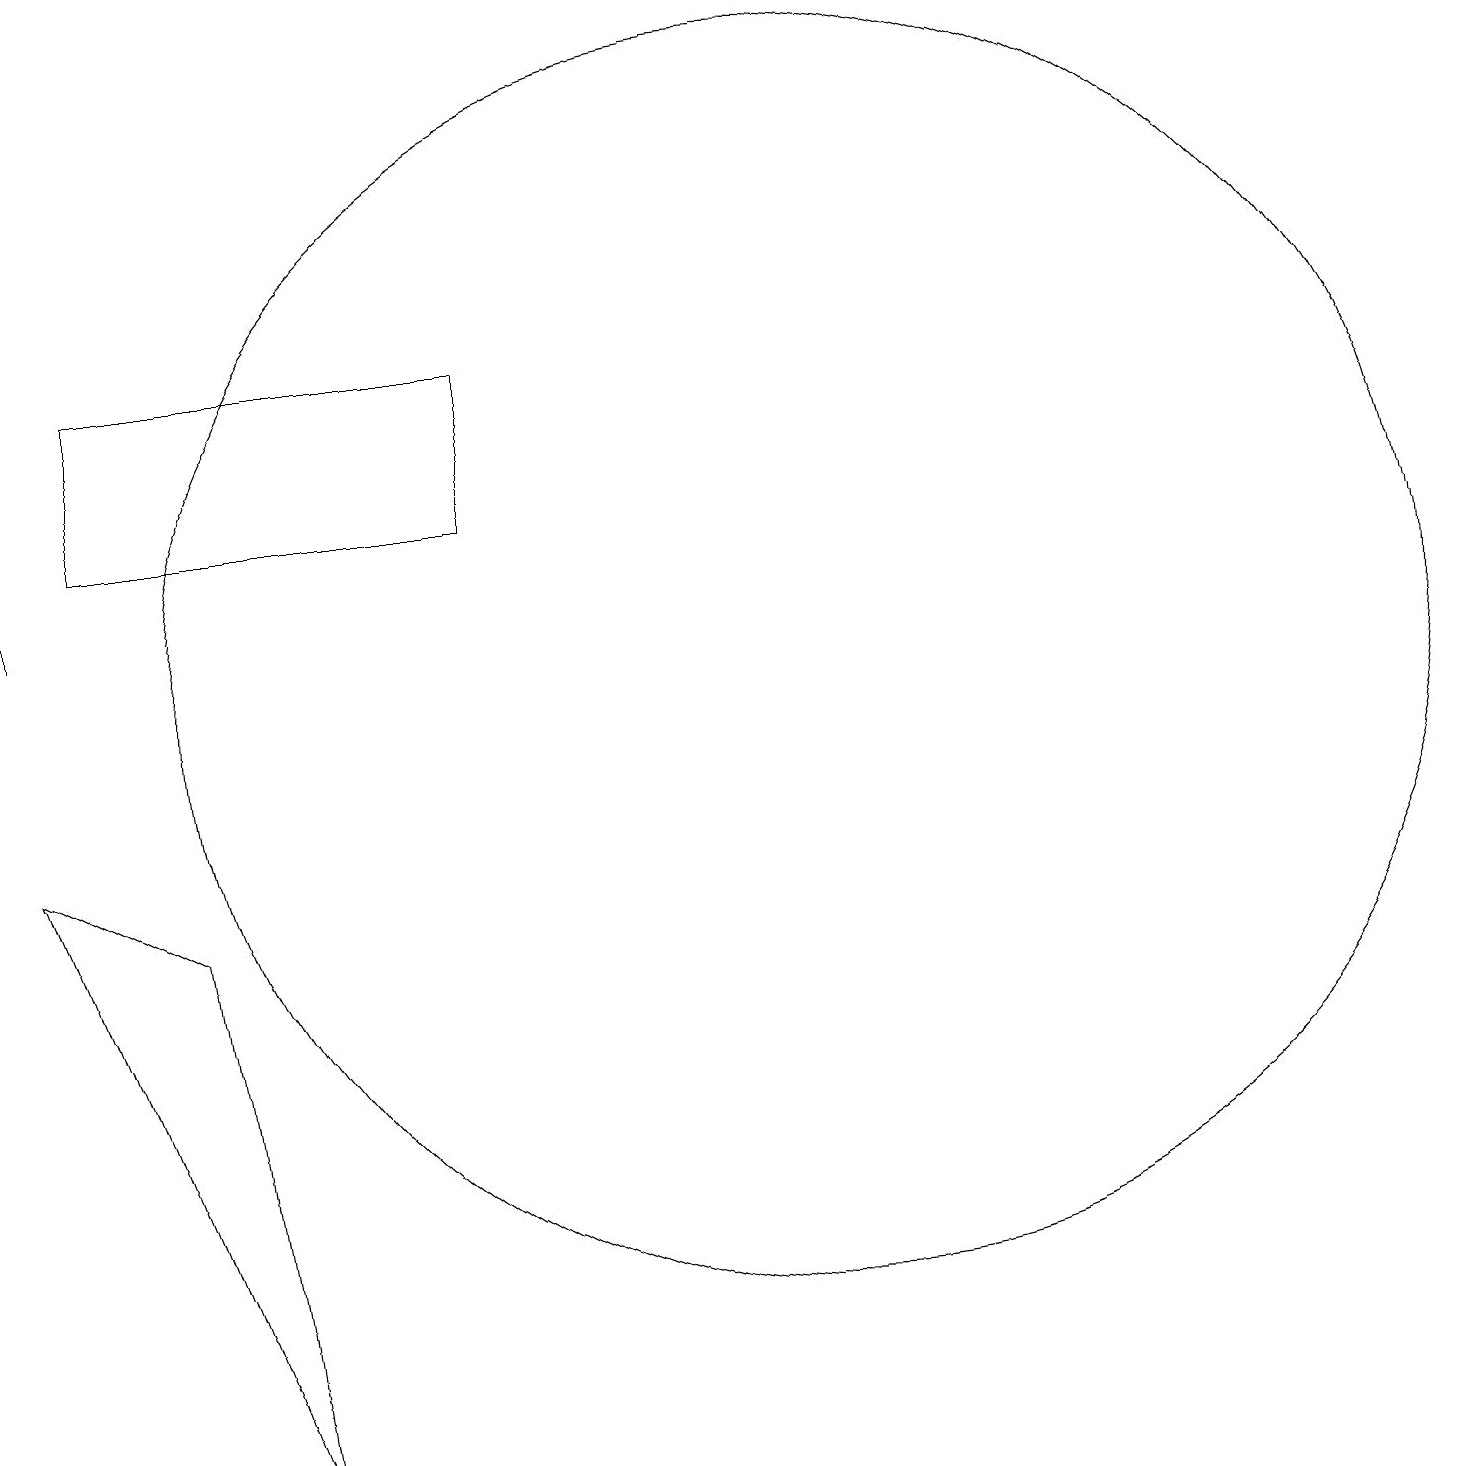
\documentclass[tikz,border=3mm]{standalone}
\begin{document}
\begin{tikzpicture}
\draw (10,10) circle (8);
\draw (2,7) -- (3,0) -- (0,8) -- cycle;
\draw (11,10) circle (0);
\draw[->] (0,11) -- (0,14);
\draw (1,12) rectangle (6,14);
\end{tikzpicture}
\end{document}